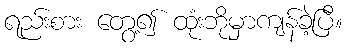
ရည်းစား တွေ့၍ ထုံးဘိုမှာကျန်ခဲ့ပြီ။